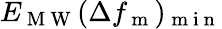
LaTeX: E_{\mathrm{~M~W~}}{(}\Delta f_{\mathrm{~m~}}{)}_{\mathrm{~m~i~n~}}